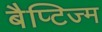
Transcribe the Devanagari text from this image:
बैप्टिज्म